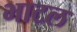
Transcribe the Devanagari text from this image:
भाटल